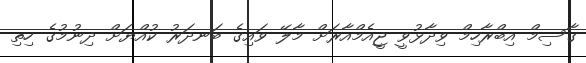
ގާސިމް އިބްރާހިމް ވިދާޅުވީ ޖީއެމްއާރަށް މާލޭ ވައިގެ ބަނދަރު ކުއްޔަށް ދިނުމުގެ ހިތި